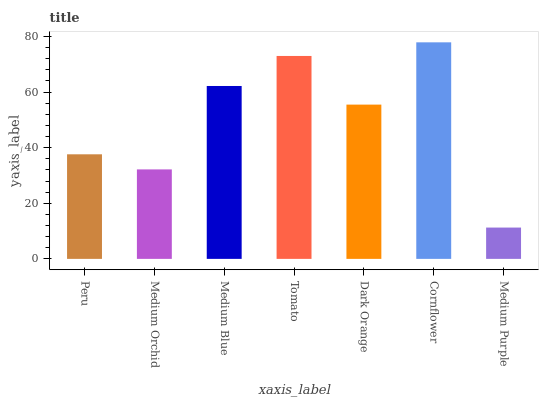
| xaxis_label | bars |
 | --- | --- |
 | Peru | 37.6 |
 | Medium Orchid | 32.2 |
 | Medium Blue | 62.2 |
 | Tomato | 73 |
 | Dark Orange | 55.5 |
 | Cornflower | 77.9 |
 | Medium Purple | 11.3 |